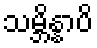
သမ္ဘိန္နာပိ